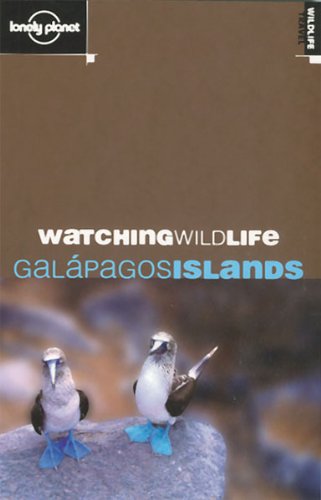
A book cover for Lonely Planet Watching Wildlife GalÃ¡pagos Islands; David Andrew; Travel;